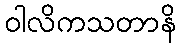
ဝါလိကသတာနိ